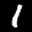
Label: 1